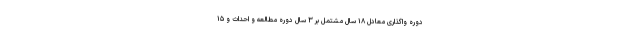
دوره واگذاری معادل ۱۸ سال مشتمل بر ۳ سال دوره مطالعه و احداث و ۱۵